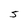
Character: 5